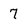
Character: 7